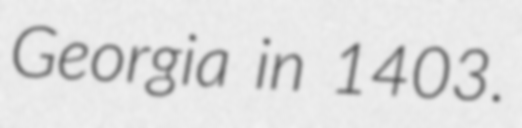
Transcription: Georgia in 1403.